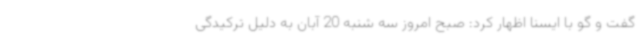
گفت و گو با ایسنا اظهار کرد: صبح امروز سه شنبه 20 آبان به دلیل ترکیدگی